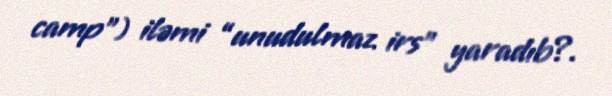
camp”) iləmi “unudulmaz irs” yaradıb?.